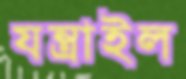
যন্ত্রাইল